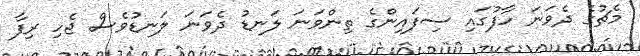
މެޗުގެ ދެވަނަ ހާފުގައި ސިފައިންގެ ތިންވަނަ ލަނޑު ދެވަނަ ލަނޑުވެސް ޖެހި ރިފާ